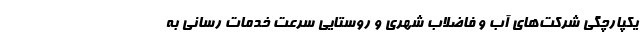
یکپارچگی شرکت‌های آب و فاضلاب شهری و روستایی سرعت خدمات رسانی به